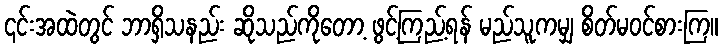
၎င်းအထဲတွင် ဘာရှိသနည်း ဆိုသည်ကိုတော့ ဖွင့်ကြည့်ရန် မည်သူကမျှ စိတ်မဝင်စားကြ။